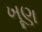
ખૂણ